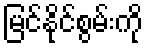
မြင်နိုင်စွမ်းကို